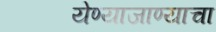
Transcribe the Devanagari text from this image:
येण्याजाण्याचा